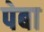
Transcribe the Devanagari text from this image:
पेबा